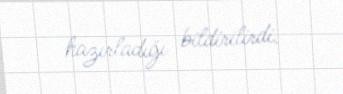
hazırladığı bildirilirdi.